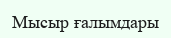
Мысыр ғалымдары